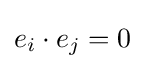
e_{i}\cdot e_{j}=0